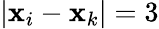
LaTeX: |\textbf{x}_{i}-\textbf{x}_{k}|=3